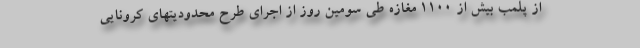
از پلمب بیش از ۱۱۰۰ مغازه طی سومین روز از اجرای طرح محدودیتهای کرونایی